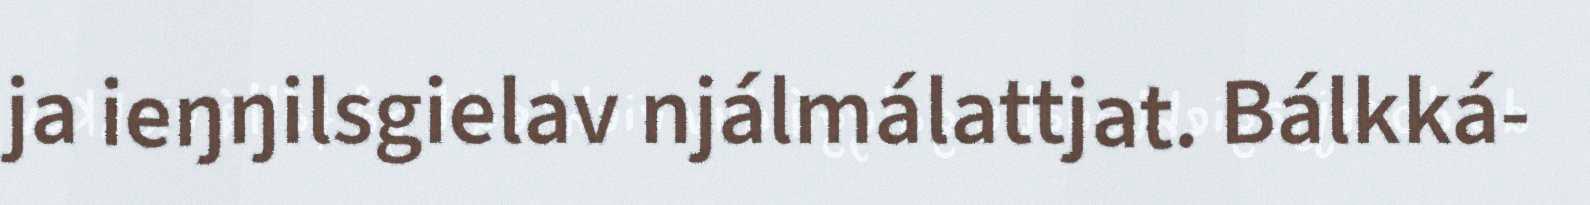
ja ieŋŋilsgielav njálmálattjat. Bálkká-